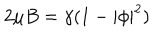
2 \mu B = \gamma ( 1 - | \phi | ^ { 2 } )